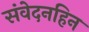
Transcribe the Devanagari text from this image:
संवेदनहिन